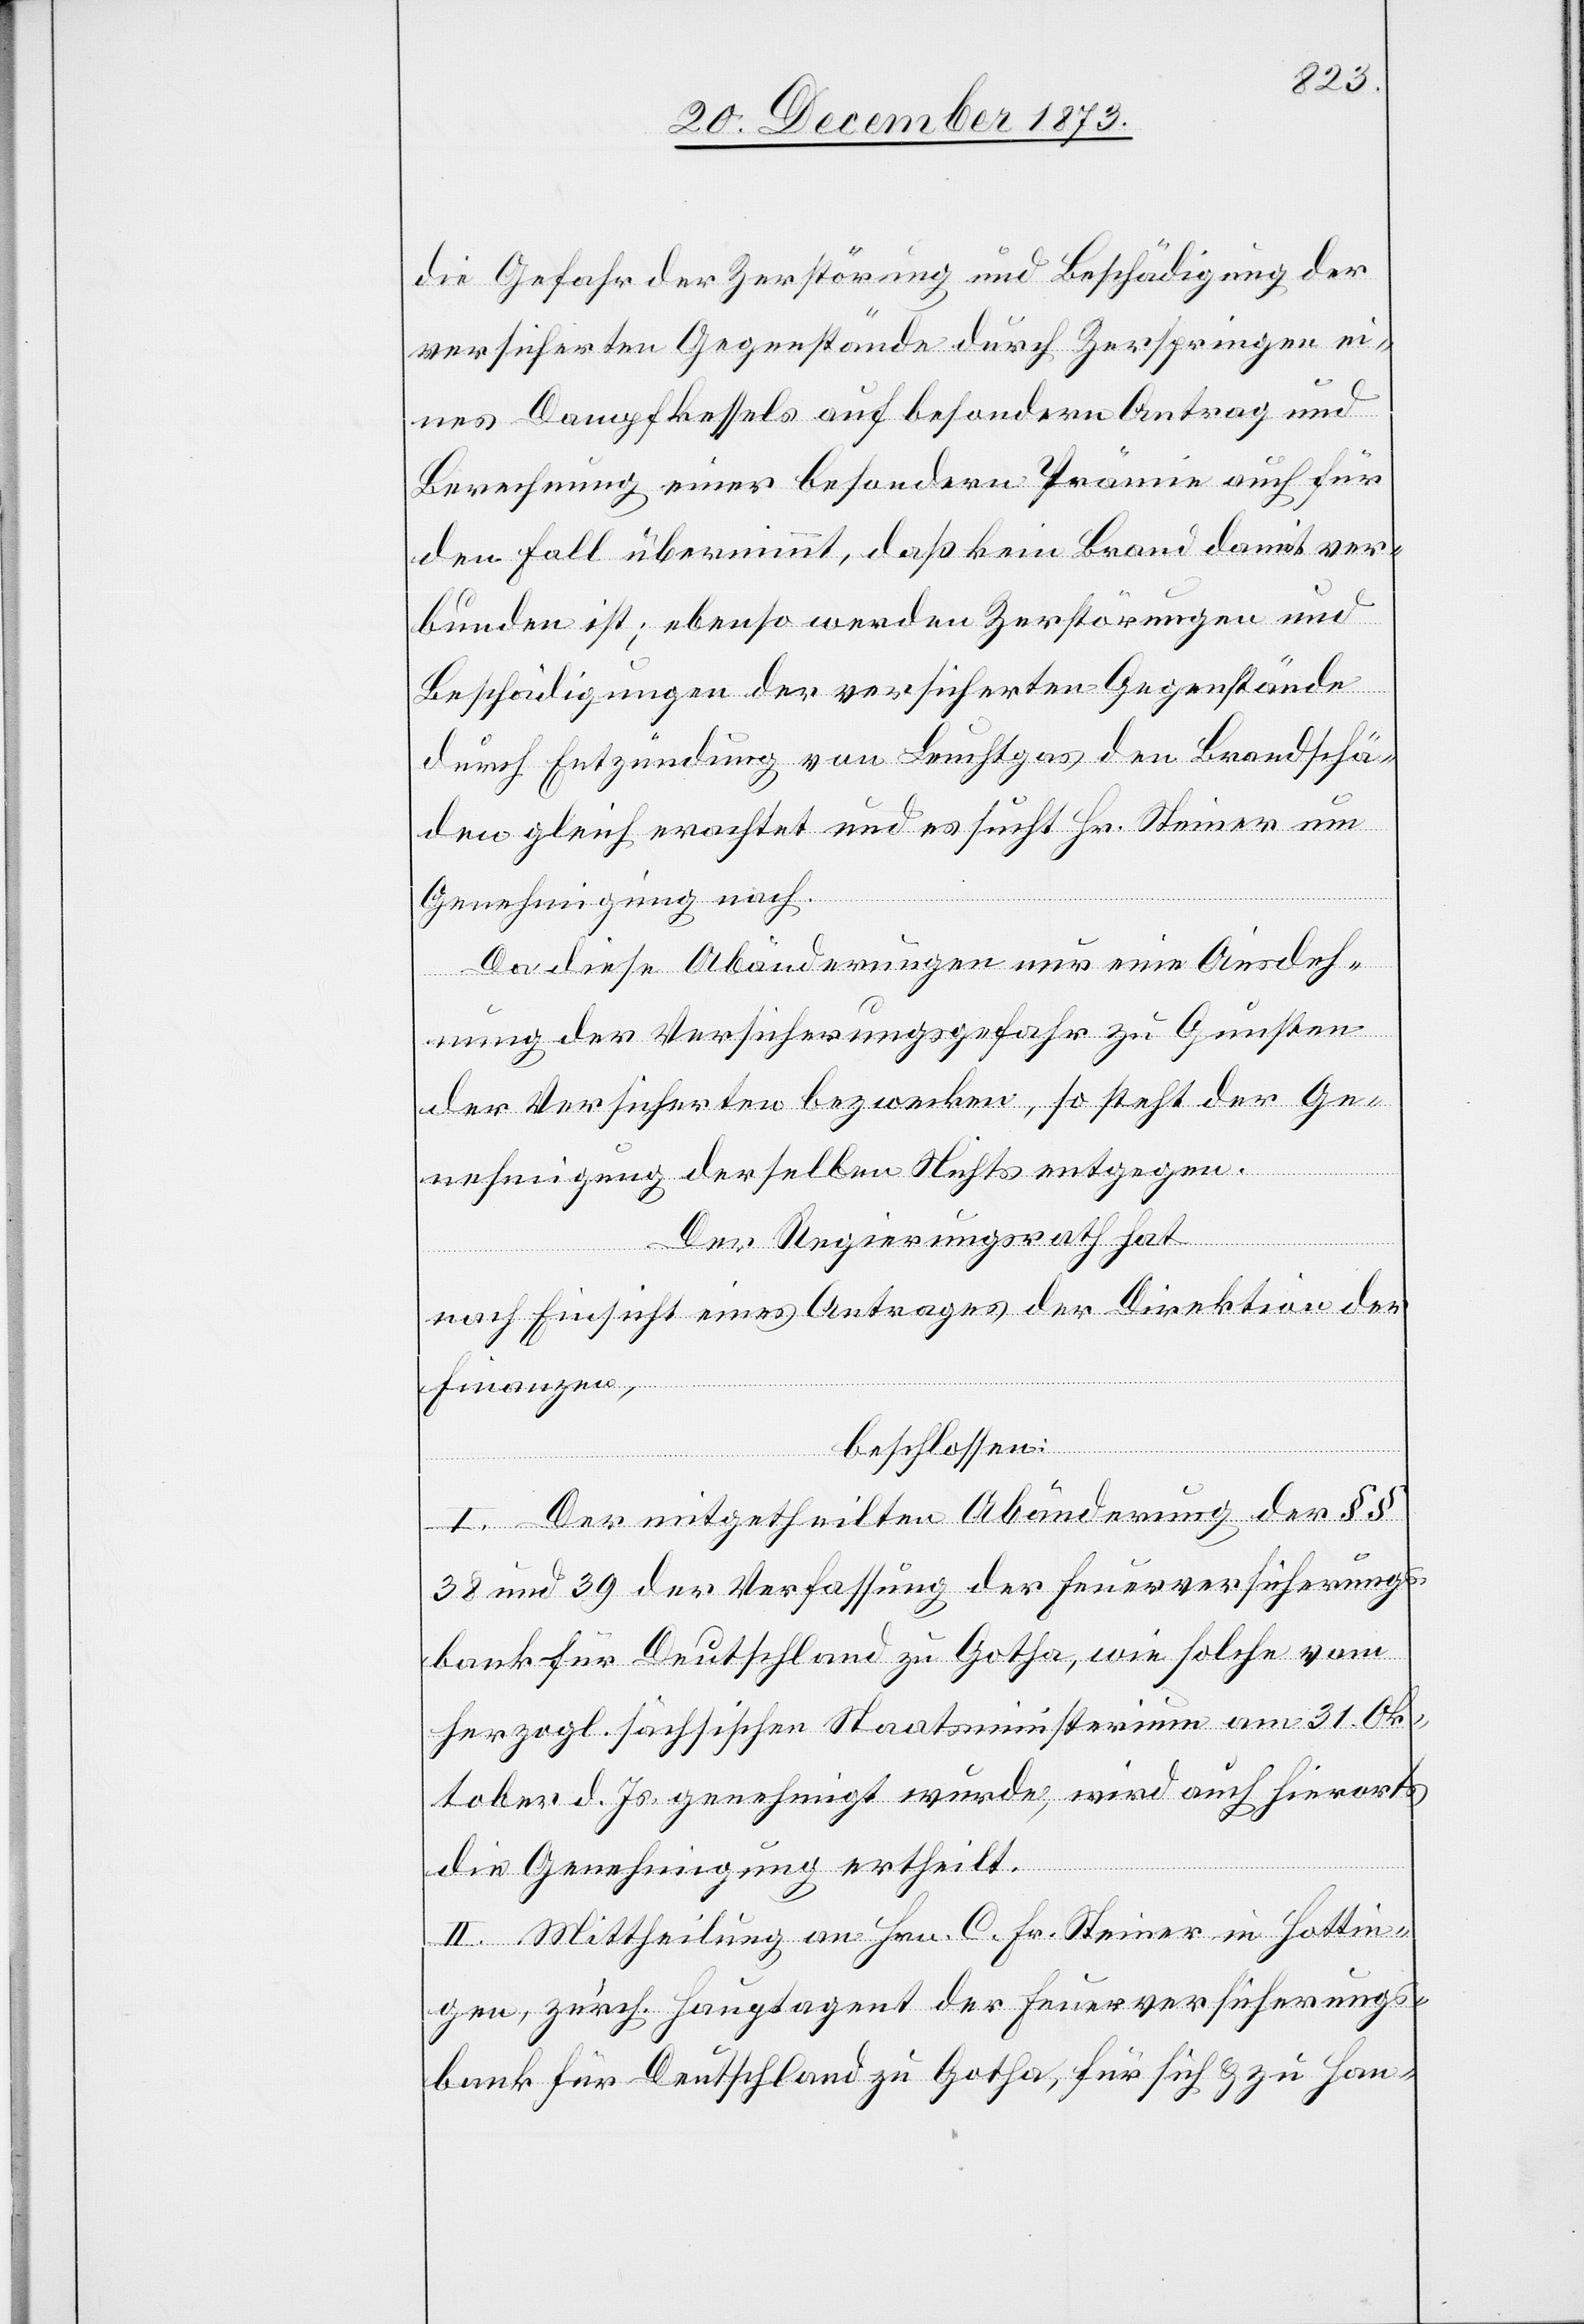
die Gefahr der Zerstörung und Beschädigung der
versicherten Gegenstände durch Zerspringen ei¬
nes Dampfkessels auf besondern Antrag und
Berechnung einer besondern Prämie auch für
den Fall übernimmt, daß kein Brand damit ver¬
bunden ist; ebenso werden Zerstörungen und
Beschädigungen der versicherten Gegenstände
durch Entzündung von Leuchtgas den Brandschä¬
den gleich erachtet und es sucht Hr. Steiner um
Genehmigung nach.
Da diese Abänderungen nur eine Ausdeh¬
nung der Versicherungsgefahr zu Gunsten
der Versicherten bezwecken, so steht der Ge¬
nehmigung derselben Nichts entgegen.
Der Regierungsrath hat
nach Einsicht eines Antrages der Direktion der
Finanzen,
beschlossen:
I. Der mitgetheilten Abänderung der §§
38 und 39 der Verfassung der Feuerversicherungs¬
bank für Deutschland zu Gotha, wie solche vom
herzogl. sächsischen Staatsministerium am 31. Ok¬
tober d. Js. genehmigt wurde, wird auch hierorts
die Genehmigung ertheilt.
II. Mittheilung an Hrn. C. Fr. Steiner in Hottin¬
gen, zürch. Hauptagent der Feuerversicherungs¬
bank für Deutschland zu Gotha, für sich & zu Han-